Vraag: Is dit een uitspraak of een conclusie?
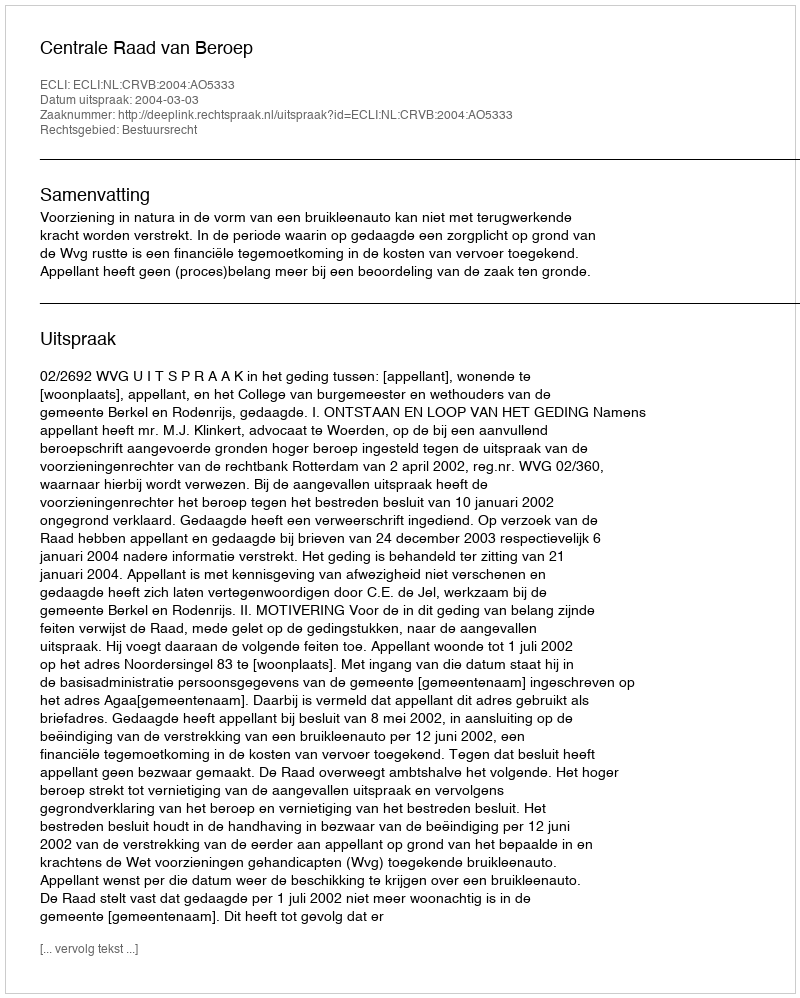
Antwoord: Uitspraak